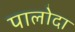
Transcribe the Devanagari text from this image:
पालोदा